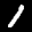
Label: 1